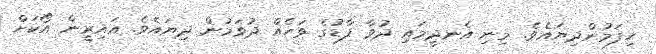
ހިފަމުންދިޔައެވެ. މިނި އެނދީމައި ދުވާ ފާޑުގެ ވަހެއް ދުވަމުން ދިޔައެވެ. އައިރީން އޯކަށް